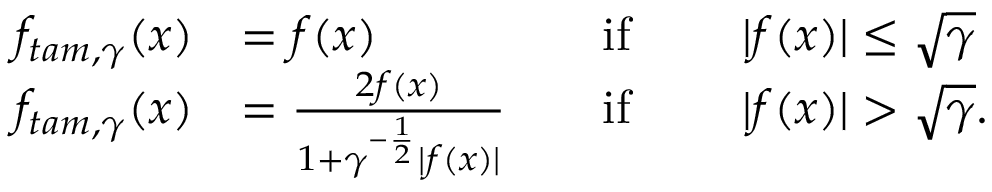
\begin{array} { r l r l } { f _ { t a m , \gamma } ( x ) } & { = f ( x ) \quad } & { \mathrm { i f ~ } } & { \quad | f ( x ) | \leq \sqrt { \gamma } } \\ { f _ { t a m , \gamma } ( x ) } & { = \frac { 2 f ( x ) } { 1 + \gamma ^ { - \frac { 1 } { 2 } } | f ( x ) | } \quad } & { \mathrm { i f ~ } } & { \quad | f ( x ) | > \sqrt { \gamma } . } \end{array}